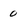
Character: 0